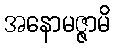
အနောမဇ္ဇာမိ